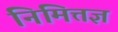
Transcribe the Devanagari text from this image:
निमित्तज्ञ